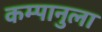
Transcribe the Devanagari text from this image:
कम्पानुला